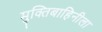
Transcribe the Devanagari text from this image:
मुक्तिबाहिनीला